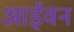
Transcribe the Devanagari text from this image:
आईवन